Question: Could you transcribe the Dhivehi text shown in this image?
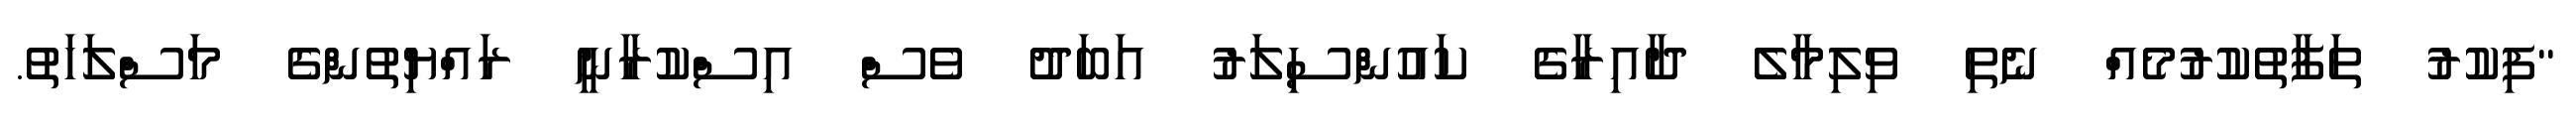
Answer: "ފިކުރު ތަފާތުކުރުމެއް ނެތި ވިލިމާލެ ދާއިރާގެ ކައުންސިލަރު އަބަދު ވެސް އިސްކުރާނީ ރައްޔިތުންގެ މަސްލަހަތު.